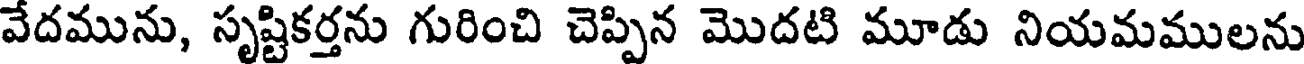
వేదమును, సృష్టికర్తను గురించి చెప్పిన మొదటి మూడు నియమములను